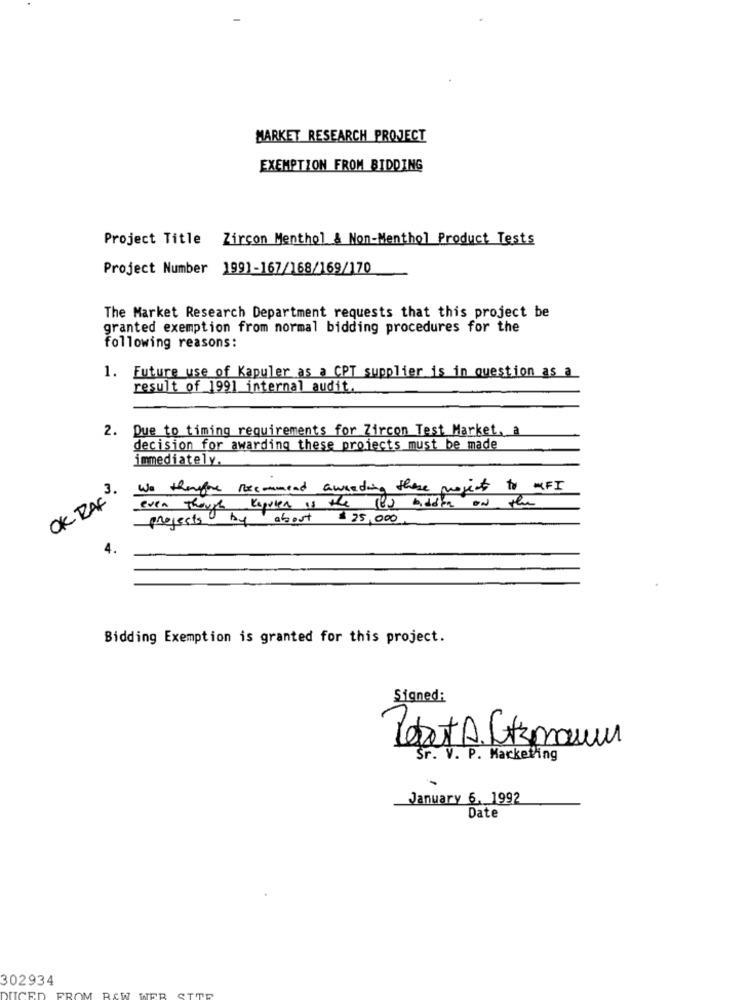
MARKET RESEARCH PROJECT
EXEMPTION FROM BIDDING
Project Title Zircon Menthol & Non-Menthol Product Tests
Project Number 1991-167/168/169/170
The Market Research Department requests that this project be
granted exemption from normal bidding procedures for the
following reasons:
1. Future use of Kapuler as a CPT supplier is in question as a
result of 1991 internal audit.
2.
Due to timing requirements for Zircon Test Market. a
decision for awarding these projects must be made
immediately.
OK RAC.
We thepre recommend aweeding these posent to WIFI
even though Repiten is the (ou bidder on the
projects by about $25,000
4.
Bidding Exemption is granted for this project.
Signed:
Lebert A. Litzmann
Sr. V. P. Marketing
January 6. 1992
Date
302934
DUCED